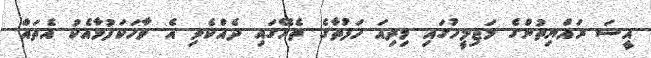
އީސަ ރައްޔިތުންގެ މަޖިލީހުގައި މިދިއަ ހަފުތާގެ ތެރޭގައި ދެއްކެވި އެ ވާހަކަފުޅާއެކު އެތައް